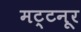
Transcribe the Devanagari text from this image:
मट्टनूर